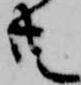
共